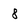
Character: 8